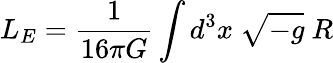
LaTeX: L_{E}=\frac 1{16\pi G}\int d^{3}x\ \sqrt{-g}\ R